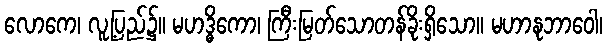
လောကေ၊ လူ့ပြည်၌။ မဟဒ္ဓိကော၊ ကြီးမြတ်သောတန်ခိုးရှိသော။ မဟာနုဘာဝေါ၊